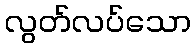
လွတ်လပ်သော